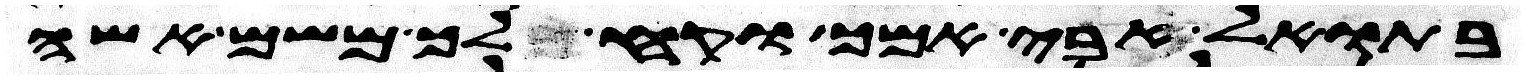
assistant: בתואל אבי אמך וקח לך משם אשה